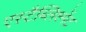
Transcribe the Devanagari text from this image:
एस्टैब्लिश्मेंट